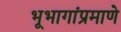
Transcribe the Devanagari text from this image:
भूभागांप्रमाणे